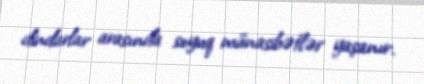
dindarlar arasında soyuq münasibətlər yaşanır.